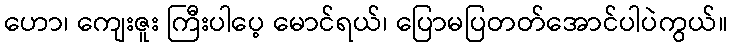
ဟော၊ ကျေးဇူး ကြီးပါပေ့ မောင်ရယ်၊ ပြောမပြတတ်အောင်ပါပဲကွယ်။